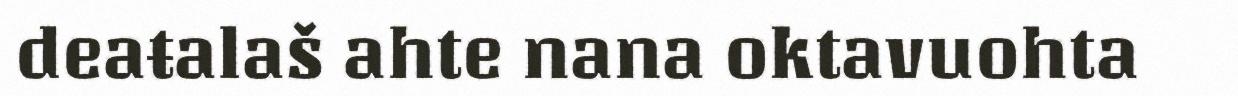
deaŧalaš ahte nana oktavuohta